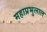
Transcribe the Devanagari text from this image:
महाप्रभुलाल